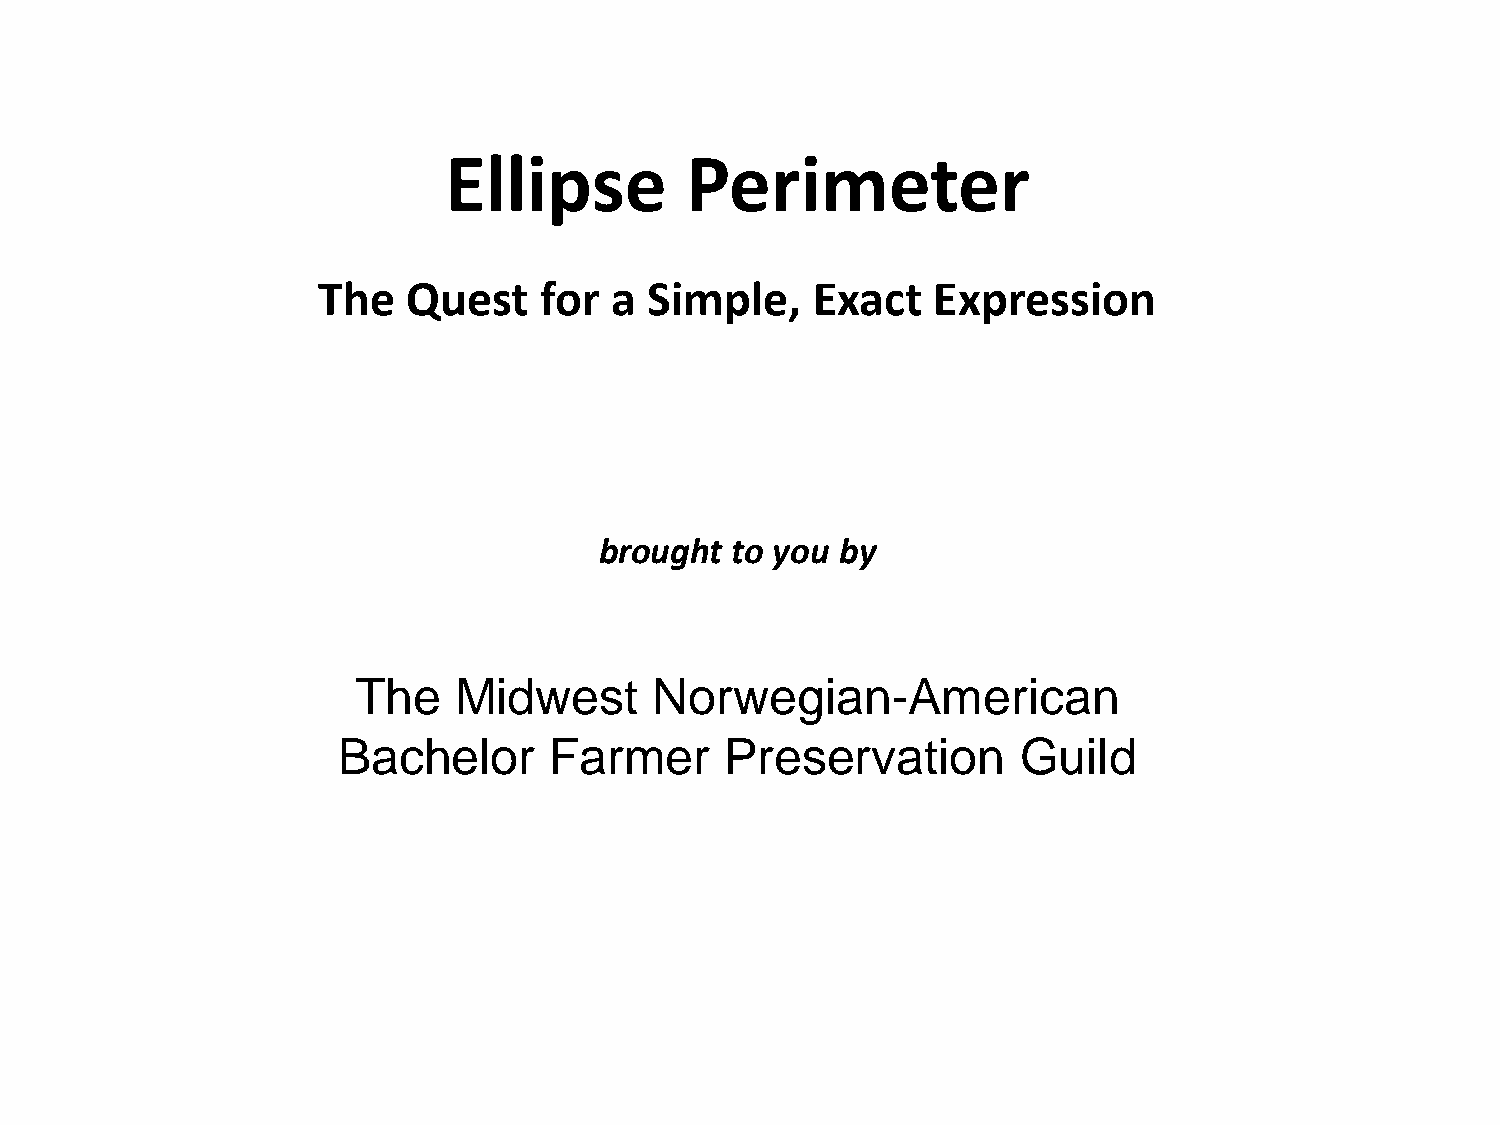
Ellipse         Perimeter
 The   Quest    for  a Simple,    Exact   Expression
 brought to you  by
 The   Midwest      Norw    egian-American
 Bachelor      Farmer      Preservation        Guild